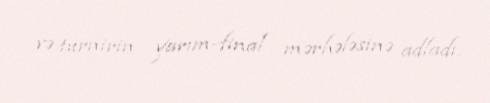
və turnirin yarım-final mərhələsinə adladı.